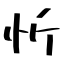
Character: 忻